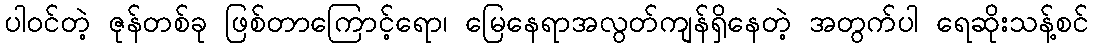
ပါဝင်တဲ့ ဇုန်တစ်ခု ဖြစ်တာကြောင့်ရော၊ မြေနေရာအလွတ်ကျန်ရှိနေတဲ့ အတွက်ပါ ရေဆိုးသန့်စင်